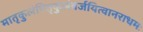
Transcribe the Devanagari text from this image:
मातृकुलंपितृकुलंवर्जयित्वानराधमः